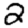
Digit: 2